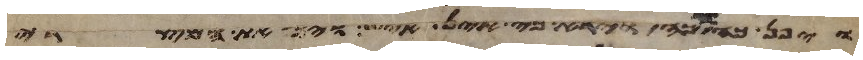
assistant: ויפן כה וכה וירא כי אין איש ויך את המצרי